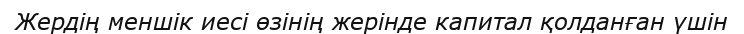
Жердің меншік иесі өзінің жерінде капитал қолданған үшін